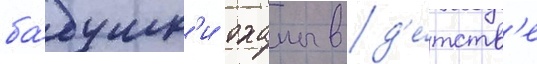
ба́бушк'и оханы в д'е́тств'е